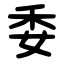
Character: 委